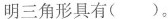
明三角形具有( )。